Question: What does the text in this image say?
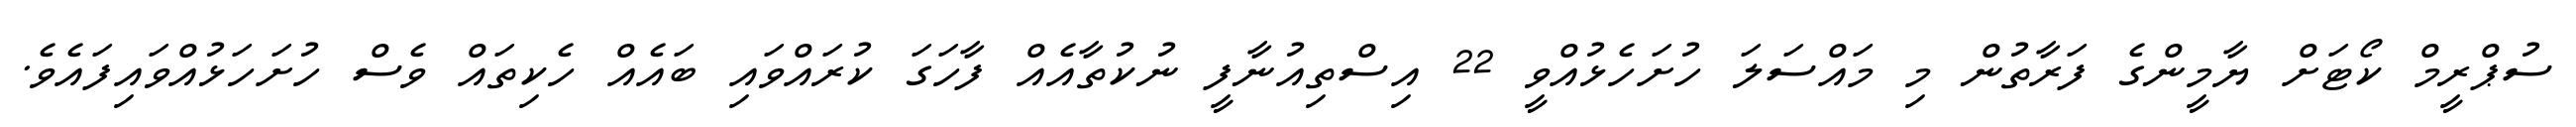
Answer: ސުޕްރީމް ކޯޓަށް ޔާމީންގެ ފަރާތުން މި މައްސަލަ ހުށަހެޅުއްވީ 22 އިސްތިއުނާފީ ނުކުތާއެއް ފާހަގަ ކުރައްވައި ބައެއް ހެކިތައް ވެސް ހުށަހަޅުއްވައިފައެވެ.